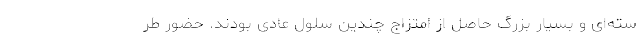
سته‌ای و بسیار بزرگ حاصل از امتزاج چندین سلول عادی بودند. حضور طر